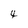
Character: 4